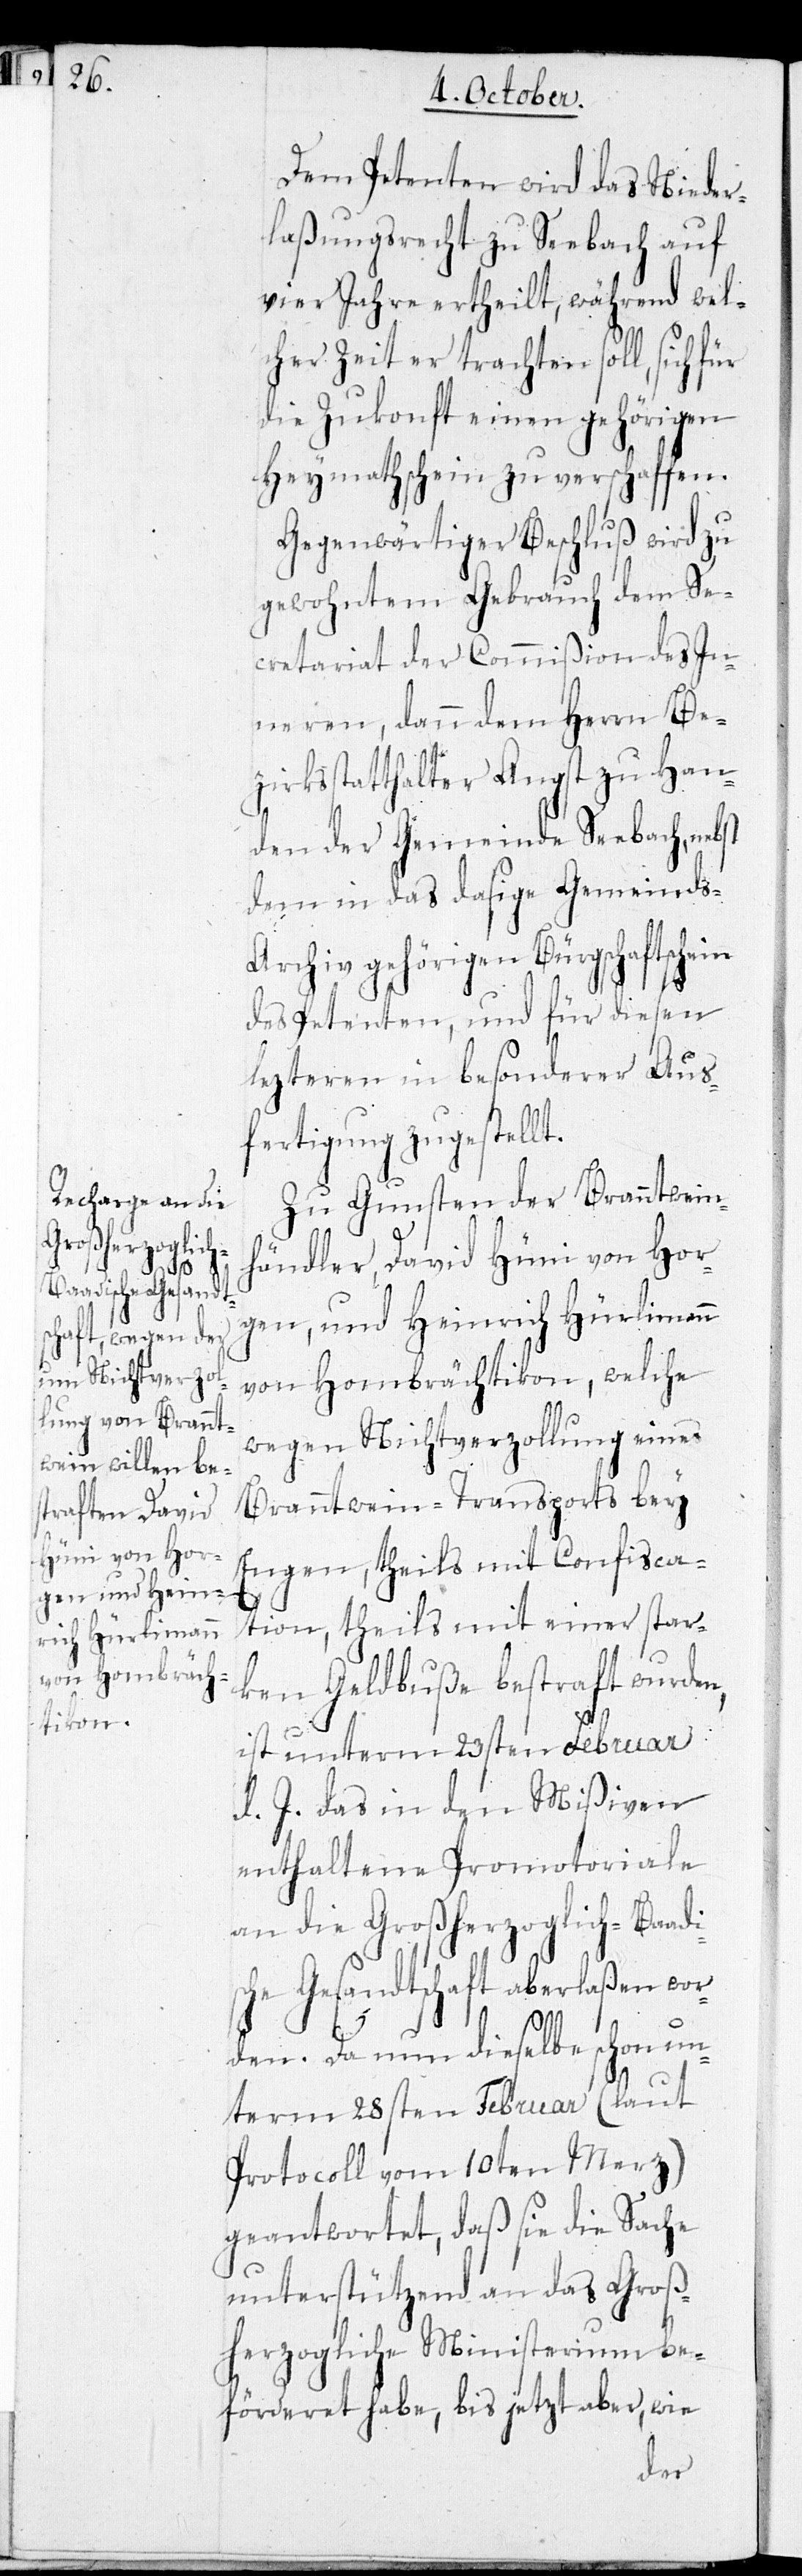
Dem Petenten wird das Nieder¬
laßungsrecht zu Seebach auf
vier Jahre ertheilt, während wel¬
cher Zeit er trachten soll, sich für
die Zukonft einen gehörigen
Heymathschein zu verschaffen.
Gegenwärtiger Beschluß wird zu
gewohntem Gebrauch dem Se¬
cretariat der Commißion des In¬
neren, dann dem Herrn Bez¬
irksstatthalter Angst zu Han¬
den der Gemeinde Seebach, nebst
dem in das dasige Gemeind¬
s-Archiv gehörigen Bürgschaftschein
des Petenten, und für diesen
lezteren in besonderer Aus¬
fertigung zugestellt.
Zu Gunsten der Branntwein¬
händler, David Hüni von Hor¬
gen, und Heinrich Hürlimann
von Hombrächtikon, welche
wegen Nichtverzollung eines
Branntwein-Transports bey
Engen, theils mit Confisca¬
tion, theils mit einer star¬
ken Geldbuße bestraft wurden,
ist unterm 23sten Februar
d. J. das in den Mißiven
enthaltene Promotoriale
an die Großherzoglich-Baadi¬
sche Gesandtschaft aberlaßen wor¬
den. Da nun dieselbe schon un¬
term 28sten Februar (laut
Protocoll vom 10ten Merz)
geantwortet, daß sie die Sache
unterstützend an das Groß¬
herzogliche Ministerium be¬
förderet habe, bis jetzt aber, wie